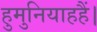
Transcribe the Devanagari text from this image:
हुमुनियाहहैं।